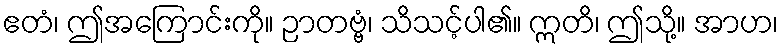
ဧတံ၊ ဤအကြောင်းကို။ ဉာတဗ္ဗံ၊ သိသင့်ပါ၏။ ဣတိ၊ ဤသို့။ အာဟ၊